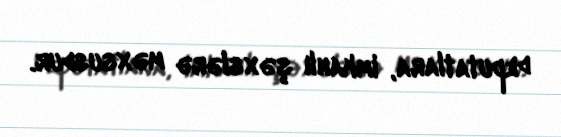
deputatlara, imkanlı şəxslərə məxsusdur.